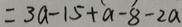
= 3 a - 1 5 + a - 8 - 2 a